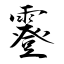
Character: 霯